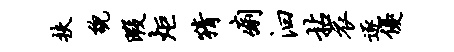
扶貌暇炬猜痢汩拈衣逐优